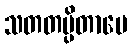
သတတပ္ပိတာမေ